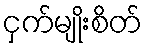
ငှက်မျိုးစိတ်